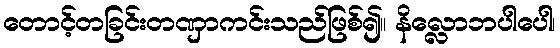
တောင့်တခြင်းတဏှာကင်းသည်ဖြစ်၍။ နိလ္လောဘပါပေါ၊